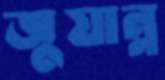
জুয়ান্ন